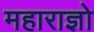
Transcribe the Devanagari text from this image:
महाराज्ञो